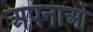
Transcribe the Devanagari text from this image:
अपनाओ